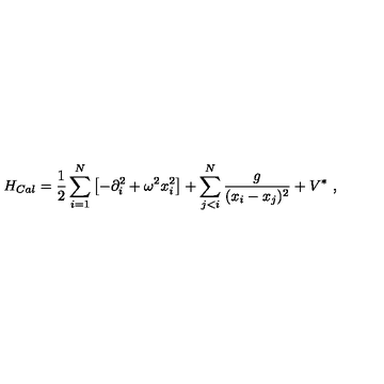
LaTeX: H _ { C a l } = { \frac { 1 } { 2 } } \sum _ { i = 1 } ^ { N } \left[ - \partial _ { i } ^ { 2 } + \omega ^ { 2 } x _ { i } ^ { 2 } \right] + \sum _ { j < i } ^ { N } \frac g { ( x _ { i } - x _ { j } ) ^ { 2 } } + V ^ { * } \ ,